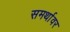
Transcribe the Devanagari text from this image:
समर्थावर